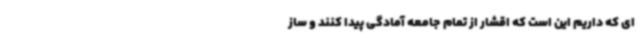
ای که داریم این است که اقشار از تمام جامعه آمادگی پیدا کنند و ساز